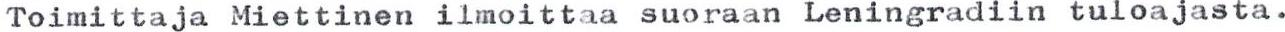
Toimittaja Miettinen ilmoittaa suoraan Leningradiin tuloajasta.